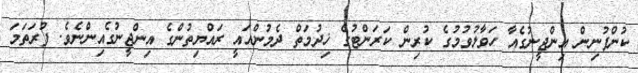
ކުންފުނިން އިންޖީނުގެއާ ހަވާލުވުމުގެ ކުރިން ކަރަންޓުގެ ޚިދުމަތް ދެމުންއައީ ރައްޔިތުންގެ އިންޖީނުގެއިންނެވެ. ފުރަތަމަ